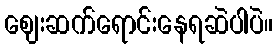
ဈေးဆက်ရောင်းနေရဆဲပါပဲ။